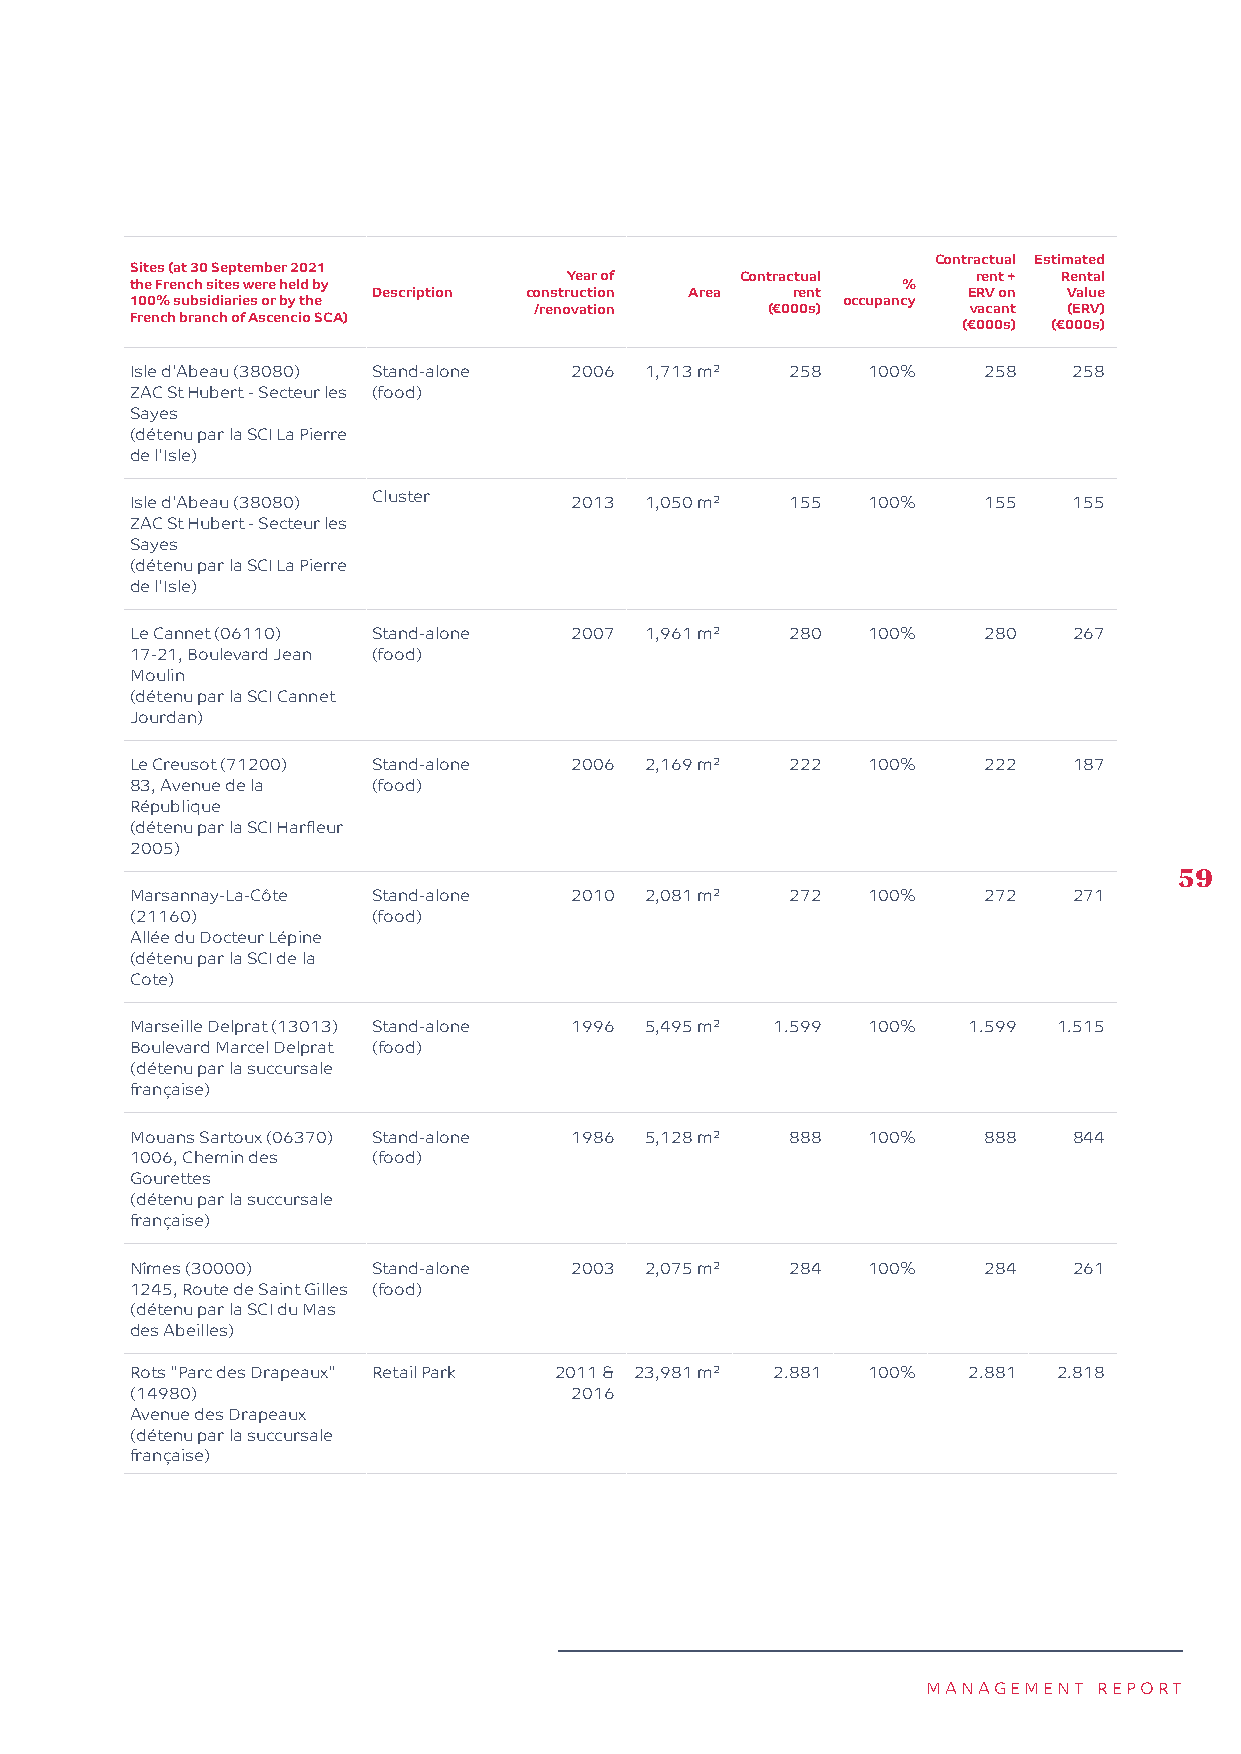
Contractual Estimated
 Sites (at 30 September 2021
 Year of    Contractual     rent + Rental
 the French sites were held by                      %
 Description construction Area rent     ERV on Value
 100% subsidiaries or by the                    occupancy
 /renovation     (€000s)      vacant (ERV)
 French branch of Ascencio SCA)
 (€000s) (€000s)
 Isle d'Abeau (38080) Stand-alone 2006 1,713 m² 258 100% 258   258
 ZAC St Hubert - Secteur les (food)
 Sayes
 (détenu par la SCI La Pierre
 de l'Isle)
 Isle d'Abeau (38080) Cluster 2013 1,050 m² 155  100%    155   155
 ZAC St Hubert - Secteur les
 Sayes
 (détenu par la SCI La Pierre
 de l'Isle)
 Le Cannet (06110) Stand-alone 2007 1,961 m² 280 100%    280   267
 17-21, Boulevard Jean (food)
 Moulin
 (détenu par la SCI Cannet
 Jourdan)
 Le Creusot (71200) Stand-alone 2006 2,169 m² 222 100%   222   187
 83, Avenue de la (food)
 République
 (détenu par la SCI Harfleur
 2005)
 59
 Marsannay-La-Côte Stand-alone 2010 2,081 m² 272 100%    272   271
 (21160)         (food)
 Allée du Docteur Lépine
 (détenu par la SCI de la
 Cote)
 Marseille Delprat (13013) Stand-alone 1996 5,495 m² 1.599 100% 1.599 1.515
 Boulevard Marcel Delprat (food)
 (détenu par la succursale
 française)
 Mouans Sartoux (06370) Stand-alone 1986 5,128 m² 888 100% 888 844
 1006, Chemin des (food)
 Gourettes
 (détenu par la succursale
 française)
 Nîmes (30000)   Stand-alone  2003 2,075 m² 284  100%    284   261
 1245, Route de Saint Gilles (food)
 (détenu par la SCI du Mas
 des Abeilles)
 Rots "Parc des Drapeaux" Retail Park 2011 & 23,981 m² 2.881 100% 2.881 2.818
 (14980)                      2016
 Avenue des Drapeaux
 (détenu par la succursale
 française)
 MANAGEMENT  REPORT